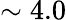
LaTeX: \sim 4.0